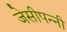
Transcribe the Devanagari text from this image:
जेसीपन्नी